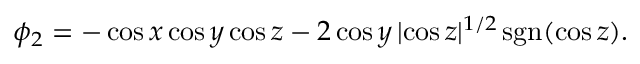
\phi _ { 2 } = - \cos x \cos y \cos z - 2 \cos y \, | \! \cos z | ^ { 1 / 2 } \, \mathrm { s g n } ( \cos z ) .